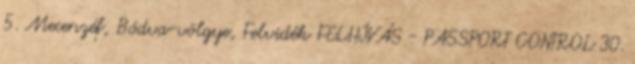
5. Mecenzéf, Bódva-völgye, Felvidék FELHÍVÁS - PASSPORT CONTROL 30.